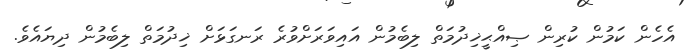
އެހެން ކަމުން ކުރިން ޞިއްޙީޚިދުމަތް ލިބެމުން އައިވަރަށްވުރެ ރަނގަޅަށް ޚިދުމަތް ލިބެމުން ދިޔައެވެ.